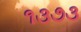
૧૩૭૩